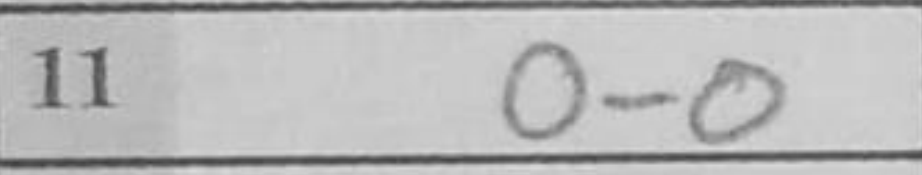
Transcription: O-O